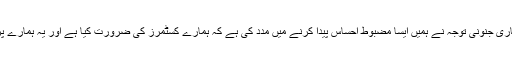
رگھو کا کہنا ہے، ”کسٹمر کے اطمینان پر ہماری جنونی توجہ نے ہمیں ایسا مضبوط احساس پیدا کرنے میں مدد کی ہے کہ ہمارے کسٹمرز کی ضرورت کیا ہے اور یہ ہمارے پراڈکٹ کی سمت کے تعین میں معاون ہوا ہے۔